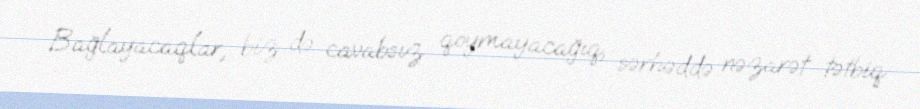
Bağlayacaqlar, biz də cavabsız qoymayacağıq, sərhəddə nəzarət tətbiq